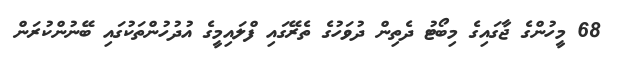
68 މީހުންގެ ޖާގައިގެ މިބޯޓު ދެތިން ދުވަހުގެ ތެރޭގައި ފްލައިމީގެ އުދުހުންތަކުގައި ބޭނުންކުރަން